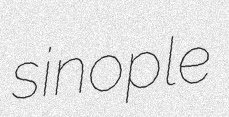
sinople